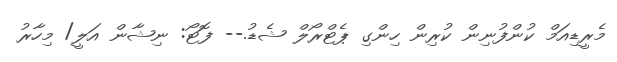
މެރީޑިއަމް ކުންފުނިން ކުރިން ހިންގި ޕެޓްރޯލް ޝެޑު.-- ފޮޓޯ: ނިޝާން އަލީ/ މިހާރު